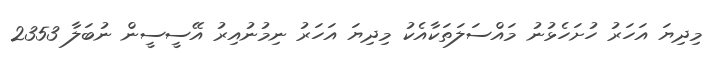
މިދިޔަ އަހަރު ހުށަހެޅުނު މައްސަލަތަކާއެކު މިދިޔަ އަހަރު ނިމުނުއިރު އޭސީސީން ނުބަލާ 2353